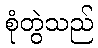
စုံတွဲသည်